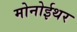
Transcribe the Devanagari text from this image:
मोनोईथर